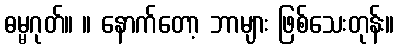
ဓမ္မဂုတ်။ ။ နောက်တော့ ဘာများ ဖြစ်သေးတုန်း။